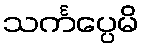
သင်္ကပ္ပေမိ